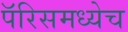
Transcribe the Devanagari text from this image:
पॅरिसमध्येच